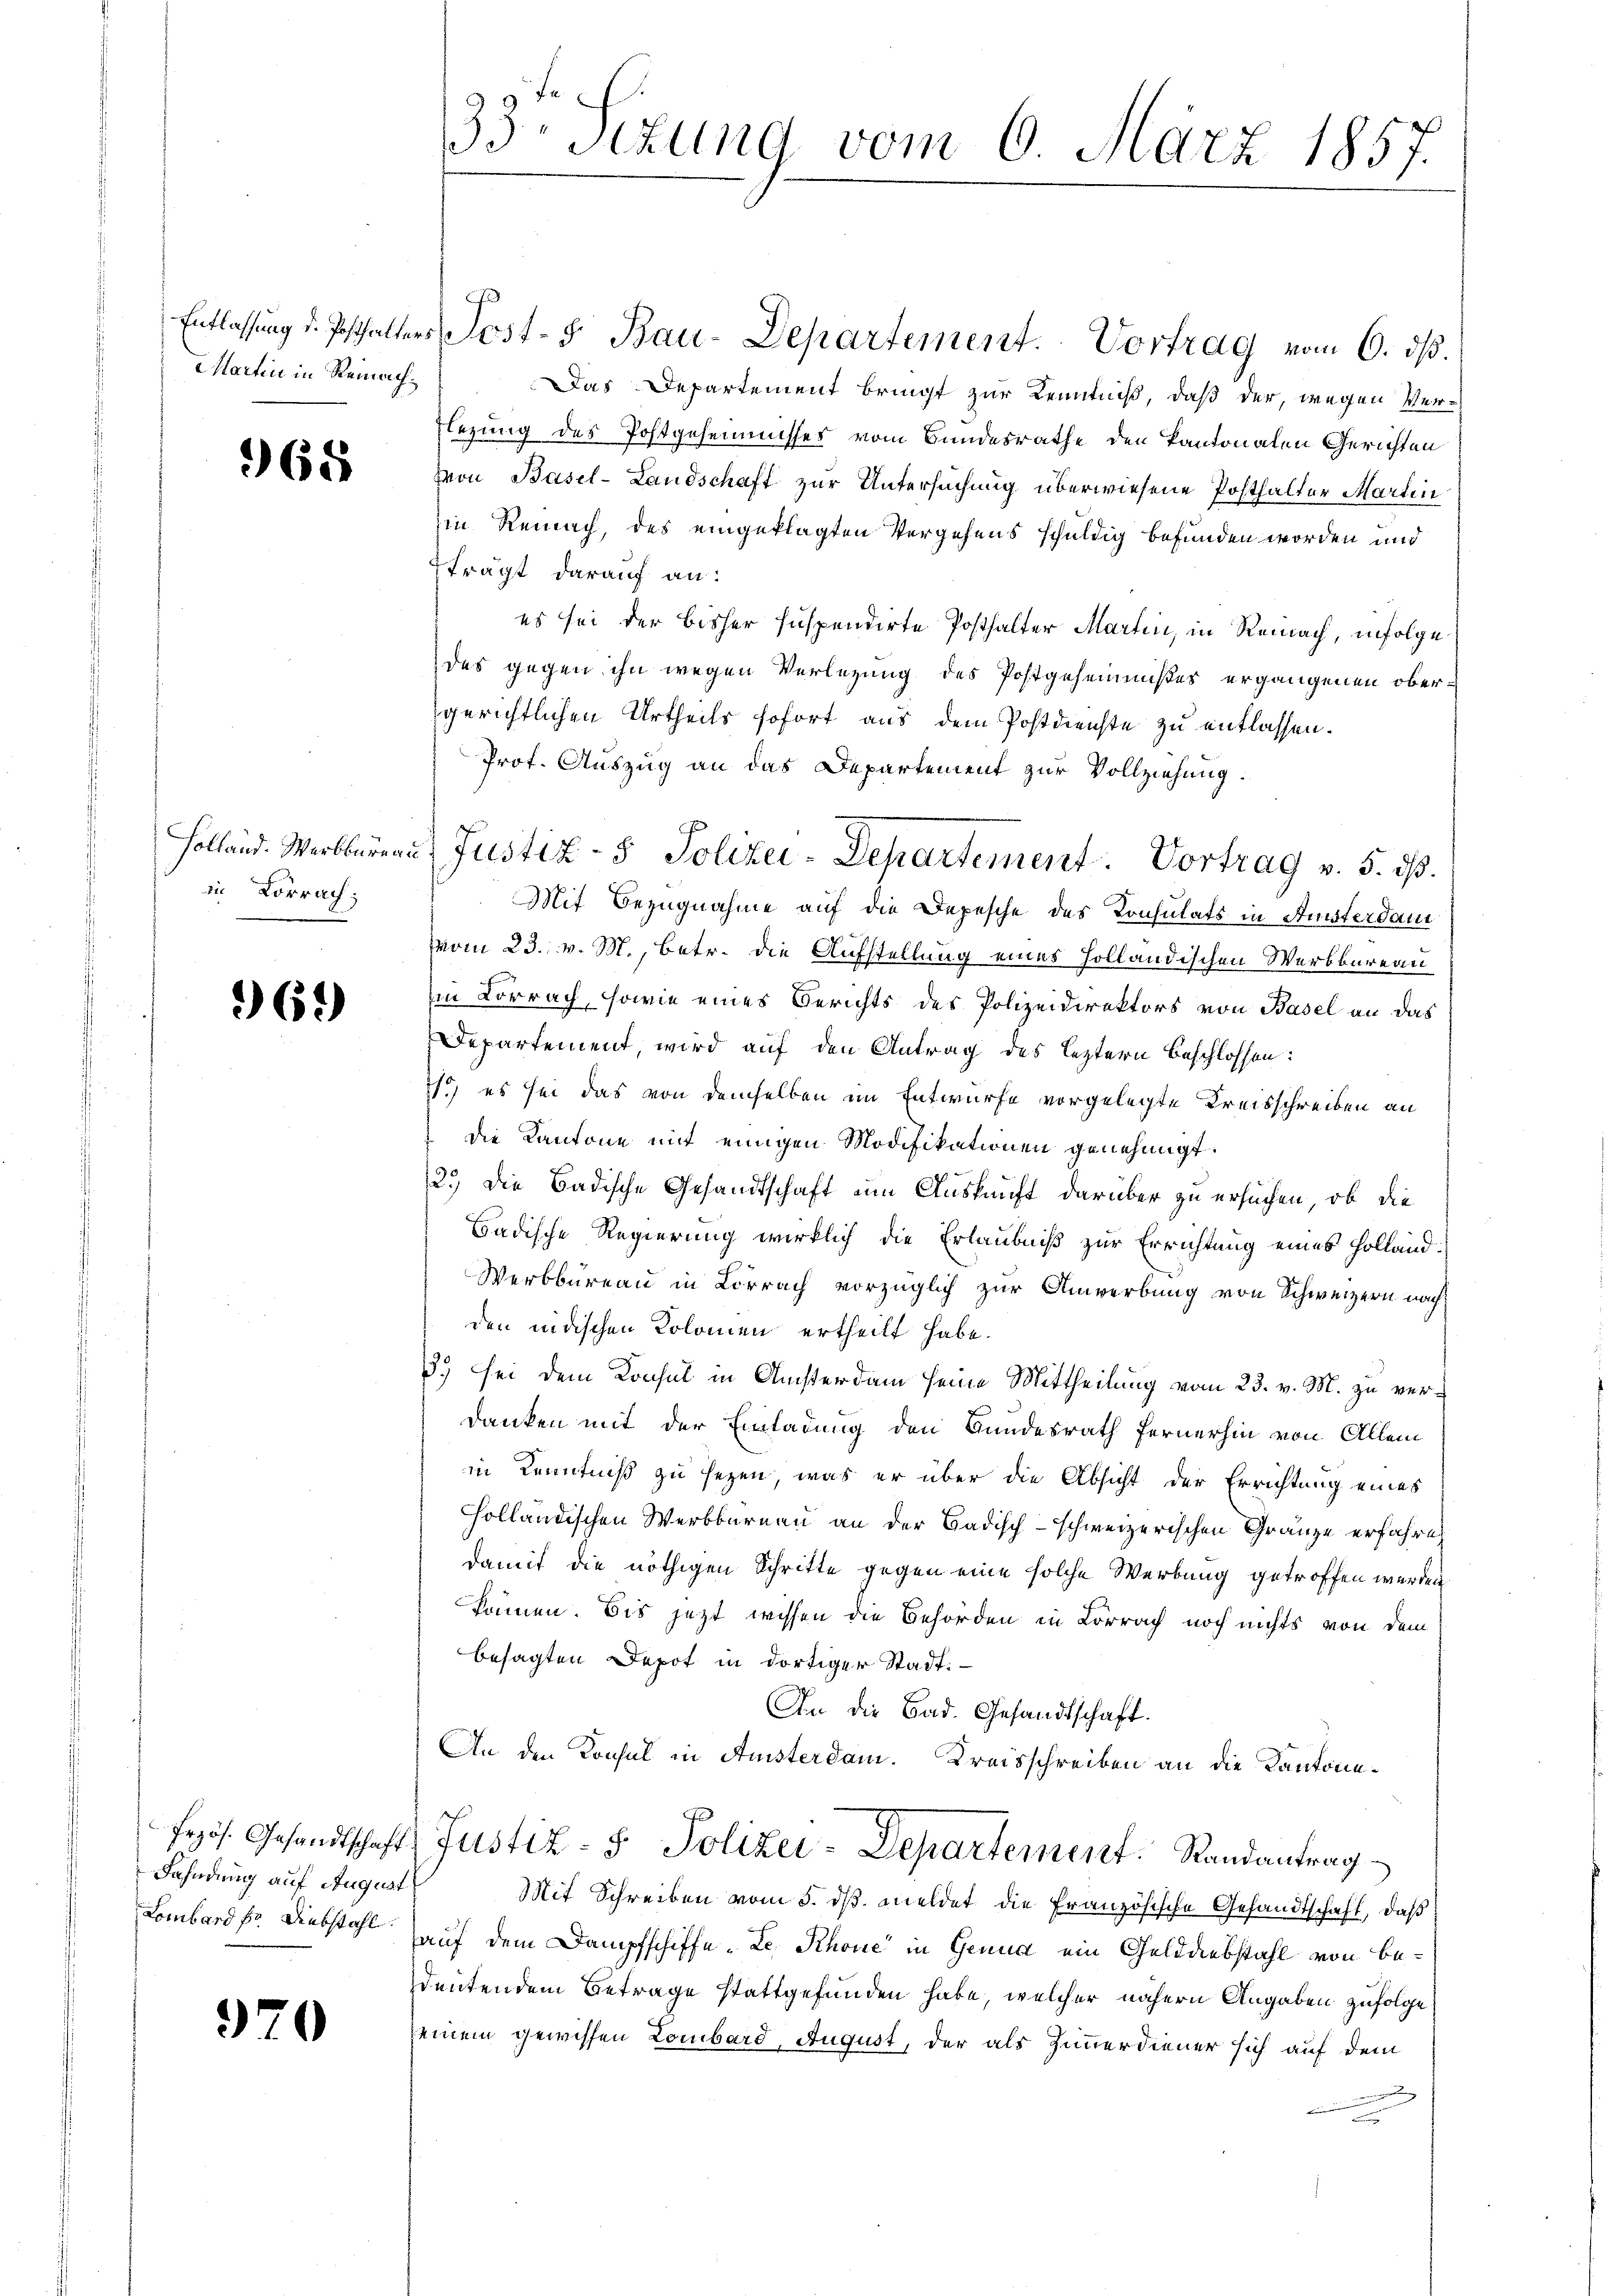
MMartin in Reinach¬

968

in Vorrach:

369

Fahndung auf August

970

33. Sezung vom 6. März 1857.

Entlassung d. Posthalters Post- 5. Bau-Departement. Vortrag vom 6. dβ.
Das Departement bringt zur Kenntniß, daß der, wegen Verlegung des Postgesemmisses vom Bundesrathe den Kantonalen Gerichten
von Basel-Landschaft zur Untersuchung überwiesene Posthalter Martin
in Reinach, des eingeklagten Vergehens schuldig befunden worden und
frägt darauf an:
es sei der bisher suspendirte Posthalter Martin, in Reinach, infolge
des gegen ihn wegen Verlegung des Postgeheimnißes ergangenen obergerichtlichen Urtheils sofort aus dem Postdienste zu entlassen.
Prot. Auszug an das Departement zur Vollziehung
Mit Bezugnahme auf die Depesche des Konsulats in Amsterdan
vom 23. v. M., betr. die Aufstellung eines Holländischen Werkbureau
in Lörrach, sowie eines Berichts des Polizeidirektors von Basel an das
Departement, wird auf den Antrag des leztern beschlossen:
1.) es sei das von demselben im Entwurfe vorgelegte Kreisschreiben an
die Kantone mit einigen Modifikationen genehmigt.
2.) Die Badische Gesandtschaft um Auskunft darüber zu ersuchen, ob die
Badische Regierung wirklich die Erlaubniß zur Errichtung eines Holland¬
Werkbureau in Lörrach vorzüglich zur Anwerbung von Schweizern nach
den nidischen Kolomen ertheilt habe.
3.) Sei dem Konsul in Ansterdam seine Mittheilung vom 23. v. M. zu verdanken mit der Einladung den Bundesrath fernerhin von Allem
in Kenntniß zu sezen, was er über die Absicht der Errichtung eines
Holländischen Werbbernen an der Badisch-schweizerischen Gränze erfahre
damit die nöthigen Schritte gegen eine solche Werbung getroffen werden
können. Bis jetzt wissen die Behörden in Lörrach noch nichts von dem
besagten Depot in dortiger Stadt.
An die Bad. Gesandtschaft.
An den Konsul in Amsterdam. Kreisschreiben an die Kantonefrös. Gesandtschaft, Justiz- & Polizei-Departement. Randantrag
Mit Schreiben vom 5. ds. meldet die Französische Gesandtschaft, daß
Lombardfr. Diebstahl auf dem Dampfschiffe „Le Rhone in Genua ein Gelddiebstahl von bedeutendem Betrage stattgefunden habe, welcher nähern Angaben zufolge
seinem gewissen Lombard, August, der als Zimmerdiener sich auf dem
n
n

Holland. Werkbaren Justiz- & Polizei-Departement. Vortrag v. 5. ds.